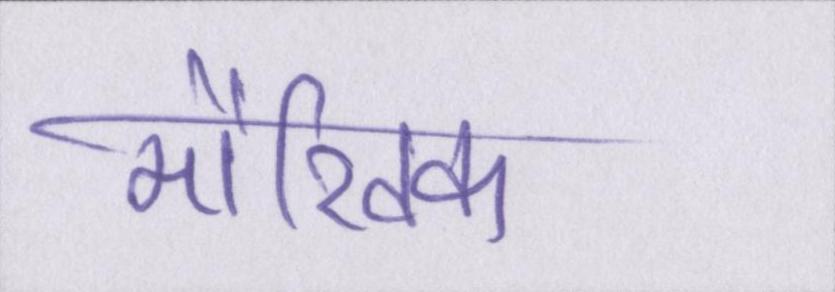
मौखिक